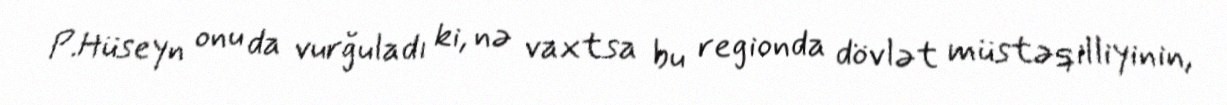
P.Hüseyn onu da vurğuladı ki, nə vaxtsa bu regionda dövlət müstəqilliyinin,